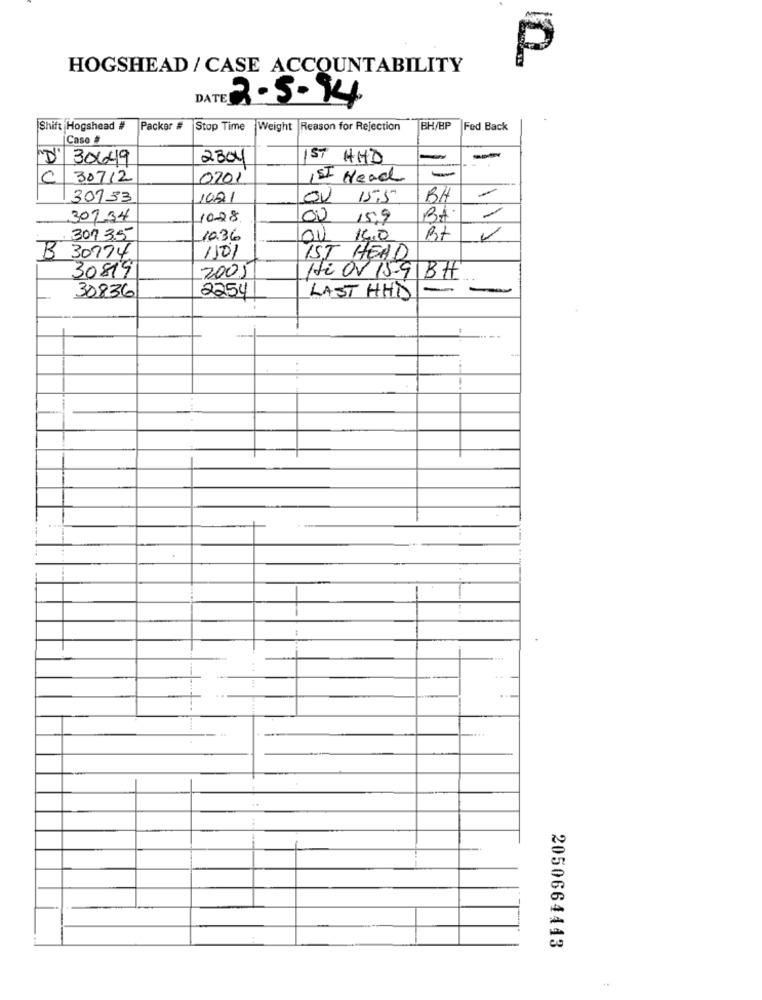
P
HOGSHEAD / CASE ACCOUNTABILITY
DATE 2-5-94
Shift Hogshead #
Packer #
Stop Time
Weight
Reason for Rejection
BH/BP
Fed Back
Caso #
D' 30649
2304
S7 HHD
C
30712
0201
IST Head
30133
1021
OV 15.5
BH
302.34
10-28
00
15.9
30135
1036
OU
14.0
Rt
150%
B 30774.
IST HEAD
30819
2005
Hi OV 15-91BH
2254
-
-
30836
LAST HHD
--
1
.....
..
2050664443